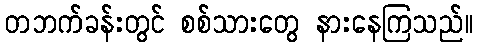
တဘက်ခန်းတွင် စစ်သားတွေ နားနေကြသည်။